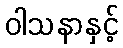
ဝါသနာနှင့်